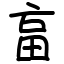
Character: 畗